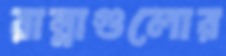
রান্নাগুলোর